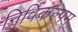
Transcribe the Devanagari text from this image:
निर्विकल्पम्